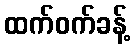
ထက်ဝက်ခန့်